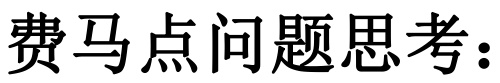
费马点问题思考：